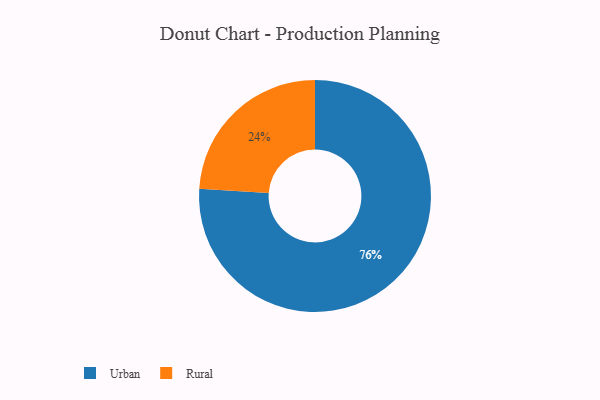
{"axis": {"x": "Category", "y": "Percentage"}, "legend": ["Rural", "Urban"], "data": [{"x": "Urban", "y": 76, "type": "Urban"}, {"x": "Rural", "y": 24, "type": "Rural"}]}